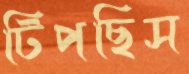
টিপছিস